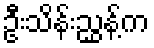
ဦးသိန်းညွှန့်က